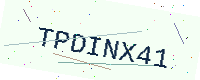
Text: TPDINX41